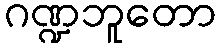
ဂဏ္ဍဘူတော